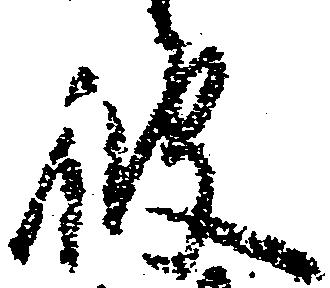
彼